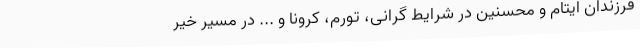
فرزندان ایتام و محسنین در شرایط گرانی، تورم، کرونا و ... در مسیر خیر